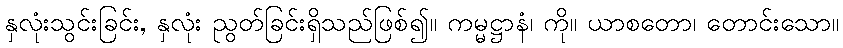
နှလုံးသွင်းခြင်း, နှလုံး ညွတ်ခြင်းရှိသည်ဖြစ်၍။ ကမ္မဋ္ဌာနံ၊ ကို။ ယာစတော၊ တောင်းသော။